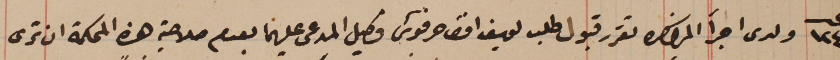
عـدد ١٢٤  ولدى اجرآ المذاكره تقرر قبول طلب يوسف افق حرفوش وكيل المدعى عليهما بعدم صلاحية هذه المحكمة ان ترى